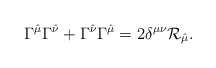
\begin{align*}\Gamma^{\hat{\mu}}\Gamma^{\hat{\nu}} + \Gamma^{\hat{\nu}}\Gamma^{\hat{\mu}} = 2\delta^{\mu\nu} \mathcal{R}_{\hat{\mu}} .\end{align*}